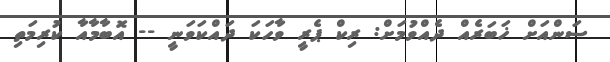
ސަންއަށް ޚަބަރެއް ދެއްވުމަށް: ރިކް ޕެރީ ވާހަކަ ދައްކަވަނީ -- އޮބާމާއާ ކުރިމަތި